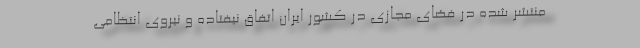
منتشر شده در فضای مجازی در کشور ایران اتفاق نیفتاده و نیروی انتظامی